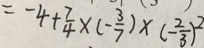
= - 4 + \frac { 7 } { 4 } \times ( - \frac { 3 } { 7 } ) \times ( - \frac { 2 } { 3 } ) ^ { 2 }